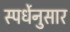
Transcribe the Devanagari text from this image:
स्पर्धेनुसार